Report on the lunatic asylums under the Government of Bombay - 1904-1913
Year: 1904
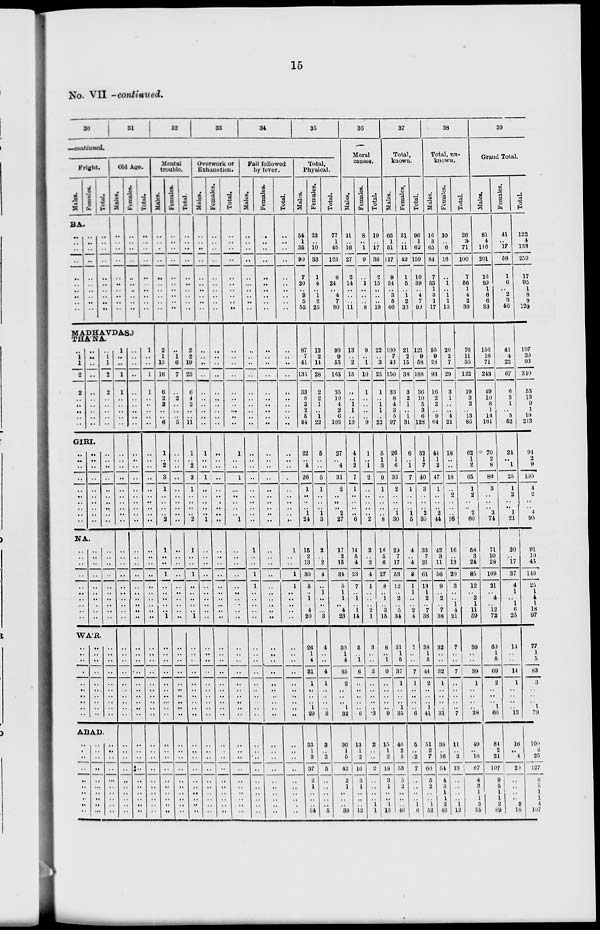
15
No. VII -continued.
30
31
32
33
34
35
—continued.
Fright.
Males.
Females.
Total.
BA.
..
..
..
..
..
..
..
..
..
..
..
..
..
..
..
..
..
..
..
..
..
..
..
..
..
..
..
..
..
..
Old Age.
Males.
..
..
..
..
..
..
..
..
..
..
Females.
..
..
..
..
..
..
..
..
..
..
Total.
..
..
..
..
..
..
..
..
..
..
MADHAVDAS.)
THA'NA.
..
1
1
2
2
..
..
..
..
..
..
..
..
..
..
..
..
..
..
..
..
1
1
2
2
..
..
..
..
..
GIRI.
..
. .
..
..
..
. .
..
..
..
..
..
..
..
..
..
..
..
..
..
..
..
..
..
..
..
..
..
..
..
..
HA.
..
..
..
..
..
..
..
..
..
..
..
..
..
..
..
..
..
..
..
..
..
..
..
..
..
..
..
..
..
..
WA'R.
..
..
..
..
..
..
..
..
..
..
..
..
..
..
..
..
..
..
..
..
..
..
..
..
..
..
..
..
..
..
ABAD.
..
..
..
..
..
..
..
..
..
..
..
..
..
..
..
..
..
..
..
..
..
..
..
..
..
..
..
..
..
..
1
..
..
1
1
..
..
..
..
..
..
..
..
..
..
..
..
..
..
..
..
..
..
..
..
..
..
..
..
..
..
..
..
..
..
..
..
..
..
..
..
..
..
..
..
..
..
..
..
..
..
..
..
..
..
..
..
..
..
..
..
..
..
..
..
..
..
..
..
..
..
..
..
..
..
..
..
.. ..
..
..
..
..
..
..
..
..
..
..
..
..
..
..
..
..
..
..
..
..
..
1
..
..
1
1
..
..
..
..
..
..
..
..
..
..
..
..
..
..
..
..
..
..
..
..
..
..
..
..
..
..
..
..
..
..
..
..
..
..
..
..
..
..
..
..
..
..
..
..
..
Mental
trouble.
Males.
..
..
..
..
..
..
..
..
..
..
2
1
13
16
6
2
2
..
.. 6
1
..
2
3
1
..
..
..
..
2
1
..
..
1
..
..
..
..
..
1
..
..
..
..
..
..
..
..
..
..
..
..
..
..
..
..
..
..
..
..
Females.
..
..
..
..
..
..
..
..
..
..
..
1
6
7
..
2
..
..
..
5
..
..
..
..
..
..
..
..
..
..
..
..
..
..
..
..
..
..
..
..
..
..
..
..
..
..
..
..
..
..
..
..
..
..
..
..
..
..
..
..
Total.
..
..
..
..
..
..
..
..
..
..
2
2
19
23
6
4
2
..
..
11
1
..
2
3
1
..
..
..
..
2
1
..
..
1
..
..
..
..
..
1
..
..
..
..
..
..
..
..
..
..
..
..
..
..
..
..
..
..
..
..
Overwork or
Exhaustion.
Males.
..
..
..
..
..
..
..
..
..
..
..
..
..
..
..
..
..
..
..
..
1
..
..
1
. .
..
..
..
..
1
..
..
..
..
..
..
..
..
..
..
..
..
..
..
..
..
..
..
..
..
..
..
..
..
..
..
..
..
..
..
Females.
..
..
..
..
..
..
..
..
..
..
..
..
..
..
..
..
..
..
..
..
..
..
..
..
..
..
..
..
..
..
..
..
..
..
..
..
..
..
..
..
..
..
..
..
..
..
..
..
..
..
..
..
..
..
..
..
..
..
..
..
Total.
..
..
..
..
..
..
..
..
..
..
..
..
..
..
..
..
..
..
..
..
1
..
..
1
..
..
..
..
..
1
..
..
..
..
..
..
..
..
..
..
..
..
..
..
..
..
..
..
..
..
..
..
..
..
..
..
..
..
..
..
Fall followed
by fever.
Males.
..
..
..
..
..
..
..
..
..
..
..
..
..
..
..
..
..
..
..
..
..
..
..
..
..
..
..
..
..
..
1
..
..
1
1
..
..
..
..
..
..
..
..
..
..
..
..
..
..
..
..
..
..
..
..
..
..
..
..
..
..
Females.
..
..
..
..
..
..
..
..
..
..
..
..
..
..
..
..
..
..
..
..
..
..
..
..
..
..
..
..
..
..
..
..
..
..
..
..
..
..
..
..
..
..
..
..
..
..
..
..
..
..
..
..
..
..
..
..
..
..
..
..
..
..
Total.
..
..
..
..
..
..
..
..
..
..
..
..
..
..
..
..
..
..
..
..
..
..
..
..
..
..
..
..
..
..
1
..
..
1
1
..
..
..
..
..
..
..
..
..
..
..
..
..
..
..
..
..
..
..
..
..
..
..
..
..
..
Total
Physical
Males.
54
1
35
90
7
20
.. 3
5
55
87
7
41
135
33
8
3
2
5
84
22
..
4
26
1
..
..
..
1
24
15
2
13
30
5
..
1
..
4
20
..
26
1
4
31
1
..
..
..
1
29
33
1
3
37
2
1
..
..
..
34
Females.
23
..
10
33
1
4
.. 1
2
25
12
2
14
28
2
2
1
..
1
22
5
..
..
5
1
..
..
..
1
3
2
..
2
4
..
1
..
...
3
4
..
..
4
1
..
..
..
..
3
3
..
2
5
.
.
..
. .
. .
..
5
Total.
77
1
45
123
8
24
.. 4
7
80
99
9
55
163
35
10
4
2
6
106
27
..
4
31
2
..
..
..
2
27
17
2
15
34
5
1
1
4
23
30
1
4
35
2
..
..
..
1
32
36
1
5
42
2
1
..
..
..
39
36
Moral
causes.
Males.
11
..
16
27
2
14
..
..
..
11
13
..
2
15
..
..
1
1
..
13
4
1
4
7
1
..
..
..
..
6
14
5
4
23
7
..
1
1
14
5
..
1
6
..
..
..
..
..
6
13
1
2
16
3
1
..
..
..
12
Females.
8
..
1
9
..
1
..
..
..
8
9
..
1
10
1
..
..
..
..
9
1
..
1
2
..
..
..
..
..
2
2
..
2
4
1
..
2
1
3
..
..
3
..
..
..
..
..
3
2
..
..
2
..
..
..
1
Total.
19
..
17
36
2
15
..
..
..
19
22
..
3
25
1
..
1
1
..
23
5
1
3
9
1
..
..
..
..
8
16
5
6
27
8
..
1
3
15
8
..
1
9
..
..
..
..
..
9
15
1
2
18
3
1
..
..
1
13
37
Total,
known.
Males.
65
1
51
17
9
34
.. 3
5
66
100
7
43
150
33
8
4
3
5
97
26
1
6
33
2
..
..
..
1
30
29
7
17
53
12
..
2
5
34
31
1
5
37
1
..
..
..
1
35
46
2
5
53
5
2
..
..
1
46
Females.
31
..
11
42
1
5
.. 1
2
33
21
2
15
38
3
2
1
...
1
31
6
..
1
7
1
..
..
..
1
5
4
..
4
8
1
1
..
2
4
7
..
..
7
1
..
..
..
..
6
5
..
2
7
..
..
..
..
1
6
Total.
96
1
62
159
10
39
..
4
7
99
121
9
58
188
36
10
5
3
6
128
32
1
7
40
3
..
..
..
2
35
33
7
21
61
13
1
2
7
38
38
1
5
44
2
..
..
..
1
41
51
2
7
60
5
2
..
..
1
52
38
Total, un-
known.
Males.
16
3
65
84
7
55
1
3
1
17
65
9
28
93
16
2
2
..
9
64
44
1
2
47
1
..
..
..
2
44
42
3
11
56
9
.
2
7
38
32
..
..
32
1
..
..
..
..
31
38
..
16
54
4
3
1
1
1
43
Females.
10
..
6
16
..
1
.. 1
1
13
20
2
7
29
3
1
..
..
4
21
18
..
..
18
..
..
..
..
..
16
16
..
18
29
8
..
..
4
21
7
..
..
7
..
..
..
..
..
7
11
..
2
13
..
..
..
..
1
12
Total.
26
3
71
100
7
56
1
4
2
30
76
11
35
122
19
3
2
..
13
85
62
1
2
65
1
2
..
..
2
60
58
3
24
85
12
..
2
1
11
59
39
..
..
39
1
..
..
..
..
38
49
.
18
67
4
3
1
1
3
55
39
Grand Total.
Males.
81
4
116
201
16
89
1
6
6
83
158
16
71
243
49
10
8
1
14
161
70
2
8
80
3
..
..
..
3
74
71
10
28
109
21
..
4
..
12
72
63
1
5
69
2
..
..
..
1
66
84
2
21
107
9
5
1
1
2
89
Females.
41
..
17
58
1
6
.. 2
3
46
41
4
22
67
6
3
1
..
5
52
24
..
1
25
1
2
..
..
1
21
20
..
17
37
4
1
..
1 6
25
14
..
..
14
1
..
..
. .
13
16
..
4
29
..
..
..
..
2
18
Total.
122
4
133
259
17
95
1
8
9
129
197
20
93
310
55
13
9
1
19
213
94
2
9
105
4
2
..
..
4
95
91
10
45
146
25
1
4
1
18
97
77
1
5
83
3
..
..
..
1
79
109
2
25
127
9
5
1
1
4
107